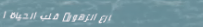
شارع الزهور: قلب الحياة ا